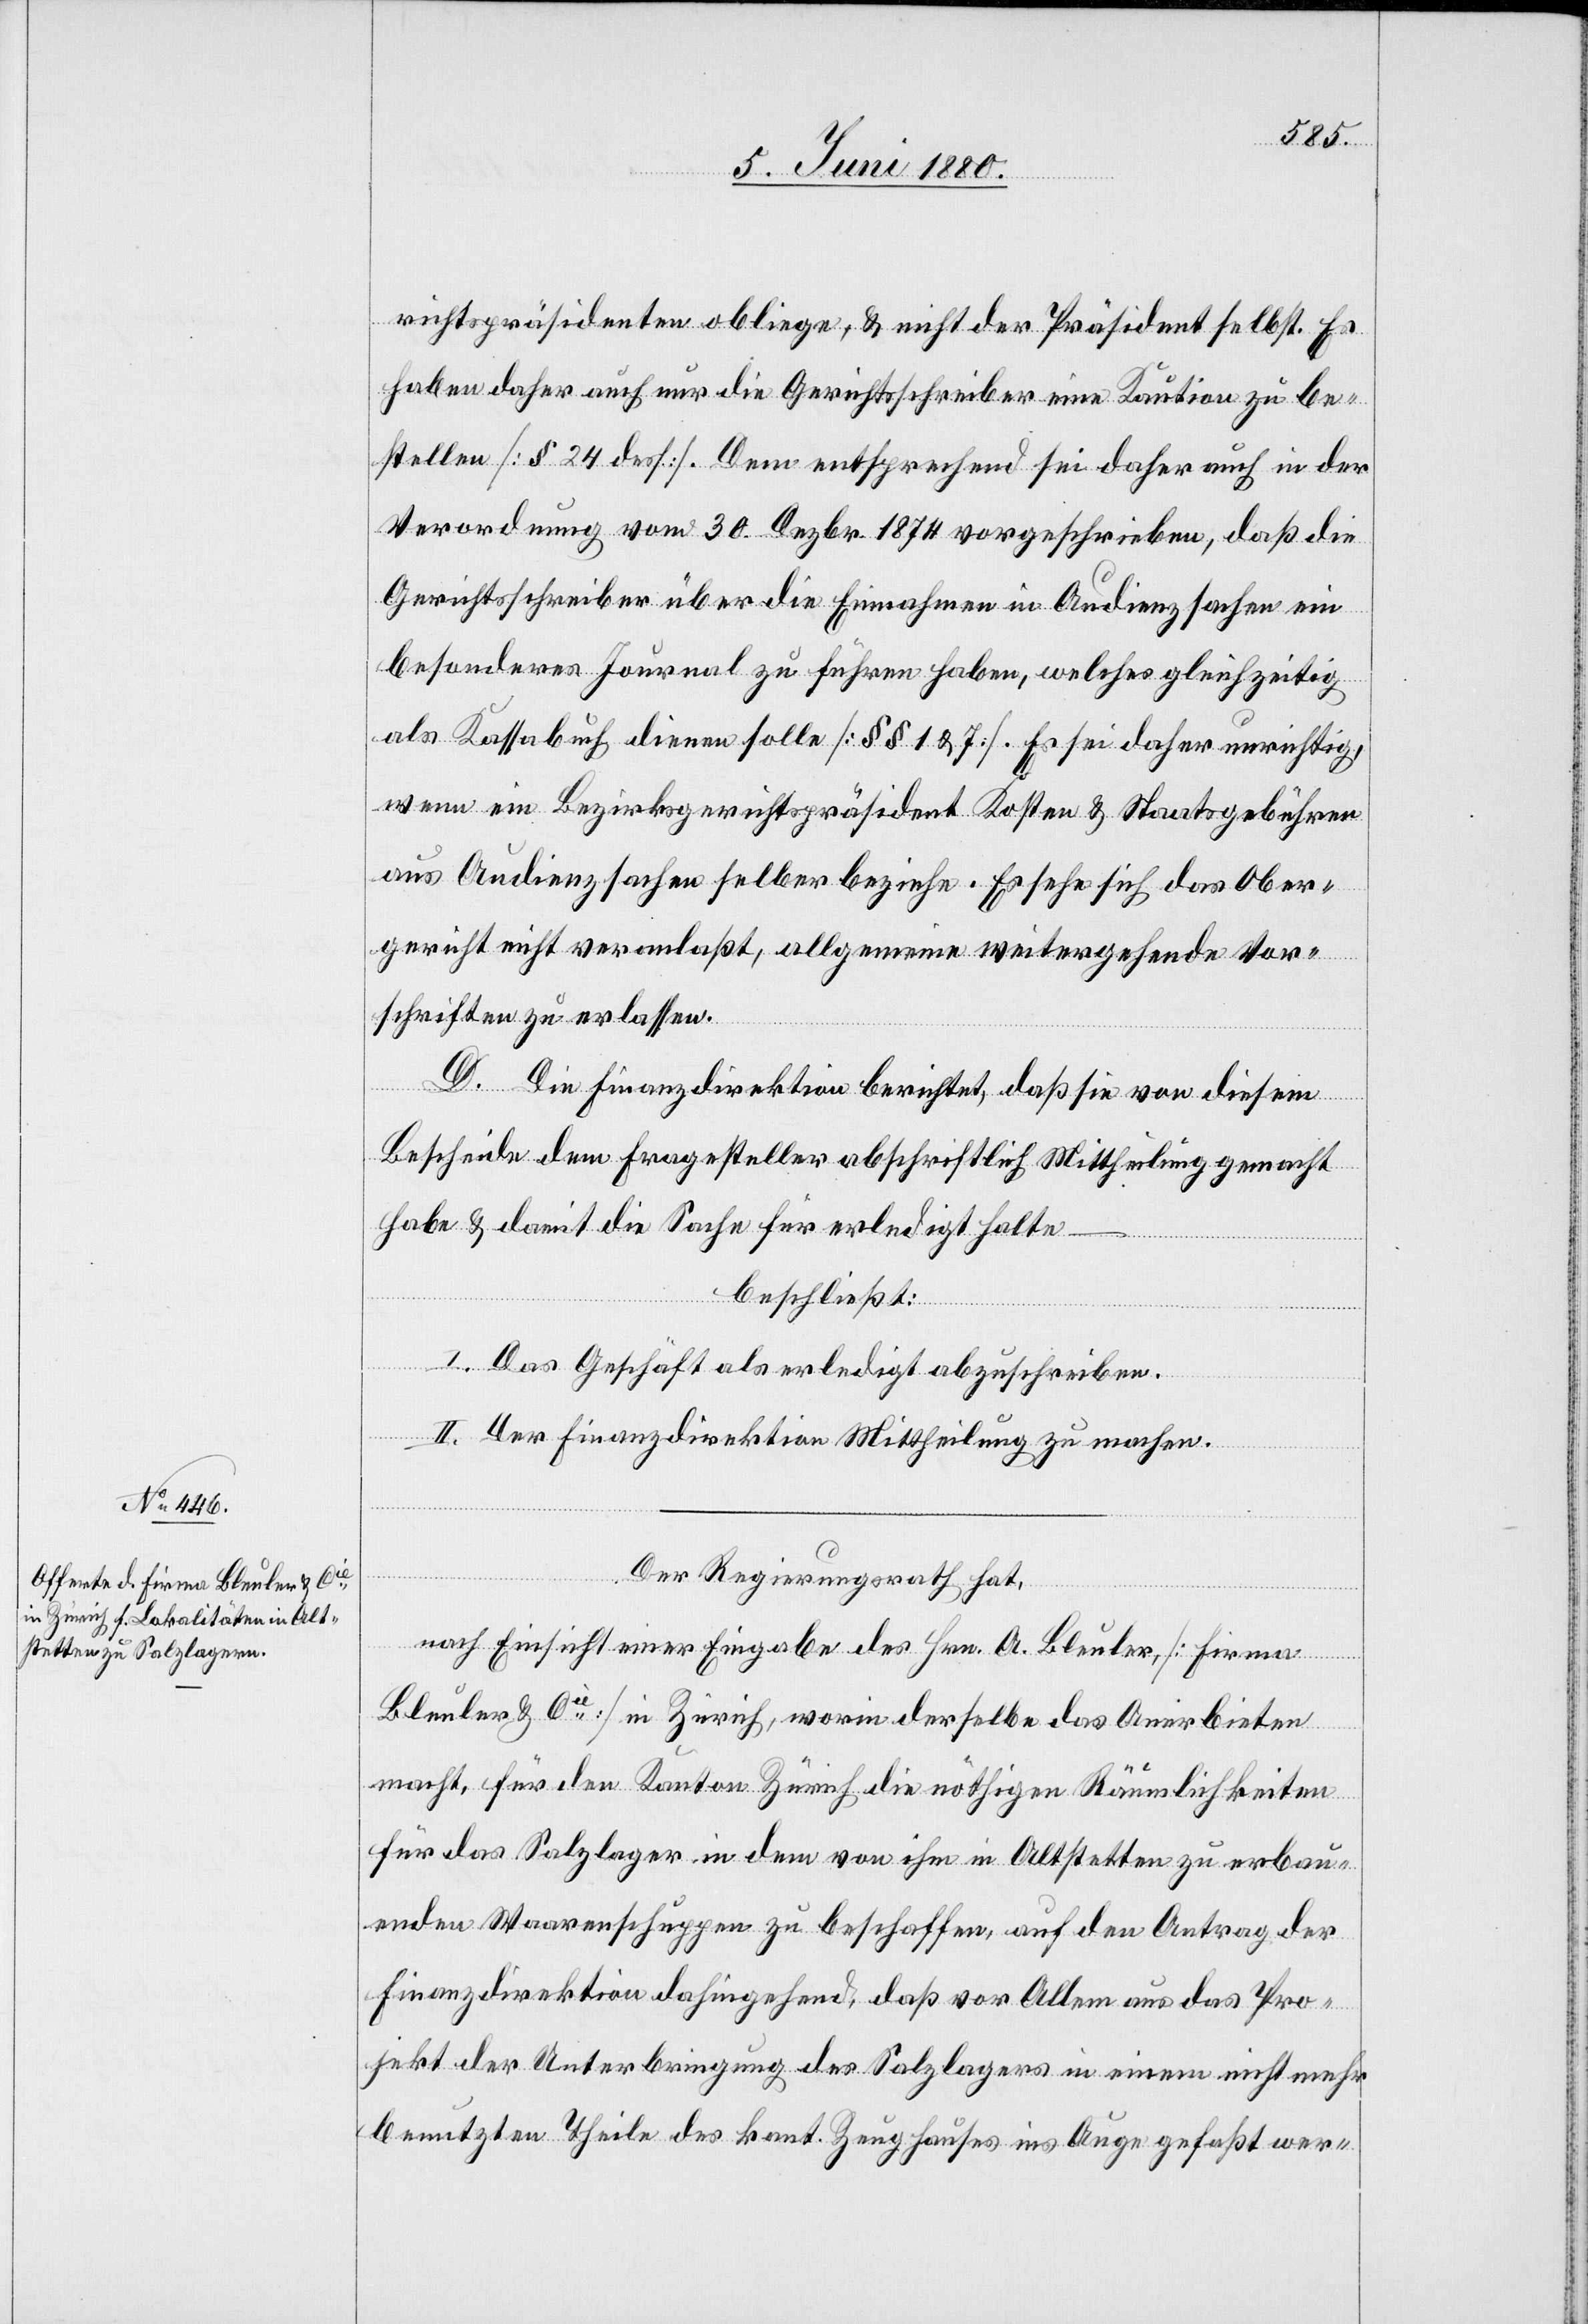
richtspräsidenten obliege, & nicht der Präsident selbst. Es
haben daher auch nur die Gerichtsschreiber eine Kaution zu be¬
stellen [§ 24 dess.]. Dem entsprechend sei daher auch in der
Verordnung vom 30. Dezbr. 1874 vorgeschrieben, daß die
Gerichtsschreiber über die Einnahmen in Audienzsachen ein
besonderes Journal zu führen haben, welches gleichzeitig
als Kassabuch dienen solle [§§ 1 & 7]. Es sei daher unrichtig,
wenn ein Bezirksgerichtspräsident Kosten & Staatsgebühren
aus Audienzsachen selber beziehe. Es sehe sich das Ober¬
gericht nicht veranlaßt, allgemeine weitergehende Vor¬
schriften zu erlassen.
D. Die Finanzdirektion berichtet, daß sie von diesem
Bescheide dem Fragesteller abschriftlich Mittheilung gemacht
habe & damit die Sache für erledigt halte
beschließt:
I. Das Geschäft als erledigt abzuschreiben.
II. Der Finanzdirektion Mittheilung zu machen.
Der Regierungsrath hat,
nach Einsicht einer Eingabe des Hrn. A. Bleuler [Firma
Bleuler & Cie] in Zürich, worin derselbe das Anerbieten
macht, für den Kanton Zürich die nöthigen Räumlichkeiten
für das Salzlager in dem von ihm in Altstetten zu erbau¬
enden Waarenschuppen zu beschaffen, auf den Antrag der
Finanzdirektion dahingehend, daß vor Allem aus das Pro¬
jekt der Unterbringung des Salzlagers in einem nicht mehr
benutzten Theile des kant. Zeughauses ins Auge gefaßt wer-